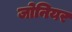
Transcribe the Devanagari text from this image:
जोनियर